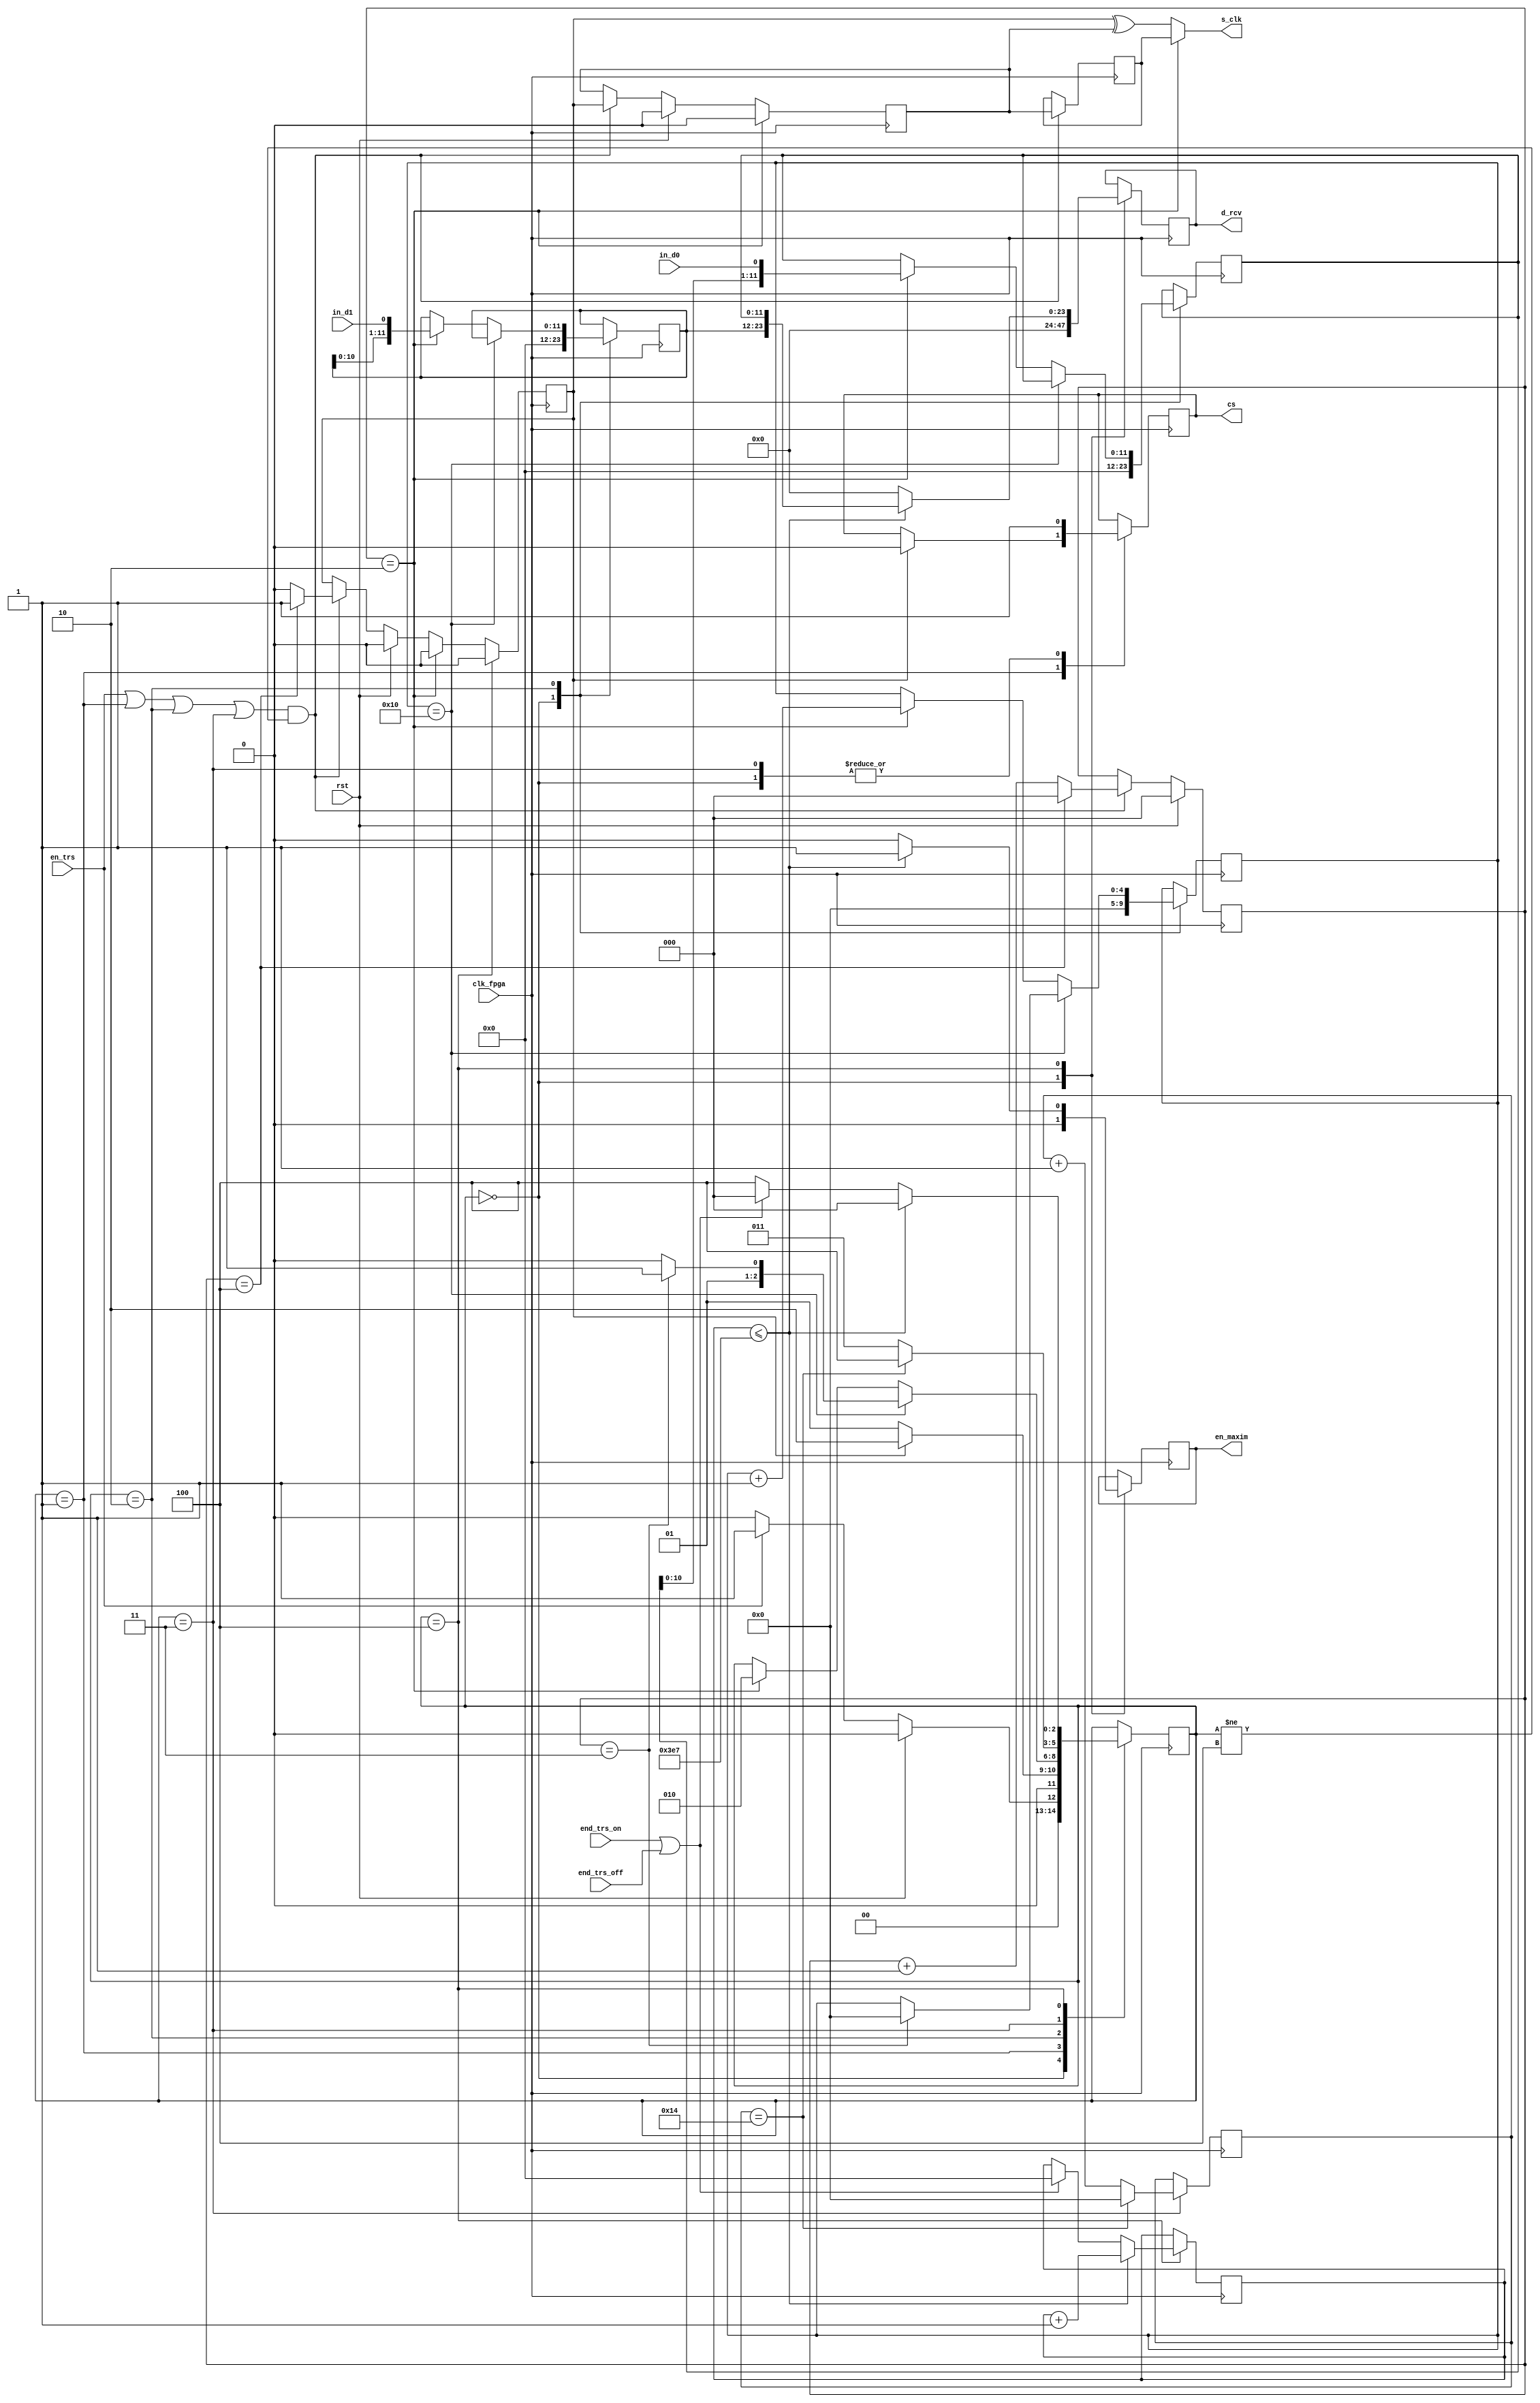
module val_prag_adc(
	input clk_fpga,
	input in_d0,//mosi_1
	input in_d1,//mosi_1_in2
//	input in_d0_x,//mosi2
//	input in_d1_x,//mosi_2_in2
	input en_trs,
	input rst,
	input end_trs_on,
	input end_trs_off,
	
	output en_maxim,
	output [23:0] d_rcv,
	output s_clk,
	output cs
	//output s_clk_2,
	//output cs_2,
	//output [2:0] directie,
	//output no_det
    );
	 
	reg [2:0] state=0;
	reg reg_cs =1'b1;
	//pt a obtine 20mhz
	reg [2:0] count_s_clk = 3'b0;
	reg clk_pos=0;
	reg clk_ox=0;
	reg clk_zz=0;
	//...
	reg [11:0] data_reg = 12'b0;
	reg [11:0] data_reg2 = 12'b0;
	//reg [11:0] data_reg_x = 12'b0;
	//reg [11:0] data_reg2_x = 12'b0;
	reg [4:0] nr_bit = 5'b0;
	reg [4:0] count_again = 5'b0;
	reg reg_en_maxim =1'b0;
	//reg [5:0] nr_es = 6'b0;
	reg [11:0] nr_es = 12'b0;
	
	
	reg [2:0] regiune = 3'b111;
	reg [23:0] x_and_y = 24'b0;//x este de la 23 la 12, y este de la 11 la 0
	
	parameter [2:0] idle = 3'b0;
	parameter [2:0] start = 3'b1;
	parameter [2:0] receive = 3'b010;
	parameter [2:0] next_or_stop = 3'b011;
	parameter [2:0] final_st = 3'b100;
	//reg reg_no_det = 1'b0;
	//reg [23:0] finish_trs=24'b0;
	
	//assign no_det = reg_no_det;
	//assign directie = regiune;
	assign d_rcv = x_and_y;
	assign cs = reg_cs;
	//assign cs_2 = reg_cs;
	assign s_clk = (count_s_clk == 3'b010) ? clk_zz : (clk_pos ^ clk_ox);//pt a obtine 20mhz
	//assign s_clk_2 = (count_s_clk == 3'b010) ? clk_zz : (clk_pos ^ clk_ox);//pt a obtine 20mhz
	assign en_maxim = reg_en_maxim;

	
	always @(negedge clk_fpga) begin	
		 if(((en_trs==1'b1) || (state == start) || (state == receive) || (state == next_or_stop)) && (state != final_st))
			clk_zz <= clk_ox;
	end
	
	always @(posedge  clk_fpga) begin
		if(rst) begin
			count_s_clk <=3'b0;
			clk_pos <= 1'b0;
			clk_ox <=1'b0;
		end else if (((en_trs==1'b1) || (state == start) || (state == receive) || (state == next_or_stop)) && (state != final_st)) begin
				if (count_s_clk == 3'b100) begin
					count_s_clk <=3'b0;
					clk_pos <= 1'b1;
				end else begin
					count_s_clk <= count_s_clk + 1'b1;
					clk_pos <= 1'b0;
				end
					clk_ox <= clk_pos;
				end
		if (count_s_clk == 3'b010) begin
				clk_pos <= 1'b0;
				clk_ox <=1'b0;
		end	
		case (state)
			idle: begin
				reg_en_maxim=1'b0;
				reg_cs <= 1'b1;
				data_reg <= 12'b0;
				data_reg2 <= 12'b0;
				//data_reg_x <= 12'b0;
				//data_reg2_x <= 12'b0;
				//regiune <= 3'b111;
				x_and_y <= 24'b0;
				nr_bit <= 5'b0;
				//reg_no_det <= 1'b0;
				if (rst)
					state <= idle;
				else
					state <= (en_trs) ? start : idle;
			end
			start: begin
					if (clk_pos==1'b1) begin
						reg_cs <= 1'b0;
						state <= receive;
					end else
						state <= start;
			end
			receive : begin
					if(nr_bit == 5'b10000) 
						if (count_s_clk==3'b011) begin
							state <= next_or_stop;
							nr_bit <= 5'b0;
						end else
							state <= receive;
					else begin
						if (count_s_clk == 3'b010) begin
								data_reg <= {data_reg[10:0],in_d0};//primul adc
								data_reg2 <= {data_reg2[10:0],in_d1};//pt cealalta intrare primul adc
								//data_reg_x <= {data_reg_x[10:0],in_d0_x};//al doilea adc
								//data_reg2_x <= {data_reg2_x[10:0],in_d1_x};//al doilea adc a 2 in
								nr_bit <= nr_bit+1'b1;
								state <= receive ;
						end
					end
			end
			next_or_stop: begin	
					reg_cs <= 1'b1;
					if (count_again == 5'b10100) begin
						count_again <= 5'b0;
						state <= final_st;
					end else begin
						state <= next_or_stop;
						count_again <= count_again + 1'b1;
					end	
			end
			final_st : begin
				clk_pos <= 1'b0;
				//if (nr_es <= 6'b110001) begin
				if (nr_es <= 12'd999) begin
					state<=idle;
					x_and_y <= {data_reg2,data_reg};
					reg_en_maxim=1'b1;
					nr_es <= nr_es +1'b1;
				end else begin
					reg_en_maxim=1'b0;
					x_and_y <=0;
					if ((end_trs_on) || (end_trs_off)) begin 
						state <=idle;
						nr_es <= 0;
					end else 
						state <=final_st;
				end
				
			end
		endcase
	end
endmodule